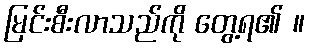
မြင်းစီးလာသည်ကို တွေ့ရ၏ ။